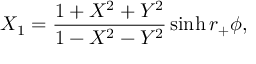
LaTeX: X _ { 1 } = { \frac { 1 + X ^ { 2 } + Y ^ { 2 } } { 1 - X ^ { 2 } - Y ^ { 2 } } } \sinh r _ { + } \phi ,